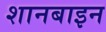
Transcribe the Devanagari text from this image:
शानबाइन